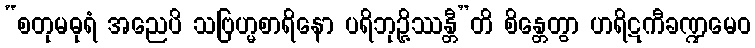
“စတုမဓုရံ အညေပိ သဗြဟ္မစာရိနော ပရိဘုဉ္ဇိဿန္တီ”တိ စိန္တေတွာ ဟရိဋကီခဏ္ဍမေဝ